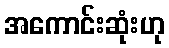
အကောင်းဆုံးဟု